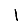
Digit: 1